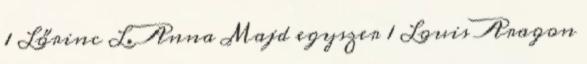
1 Lőrinc L. Anna Majd egyszer 1 Louis Aragon